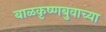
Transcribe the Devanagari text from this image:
बाळकृष्णबुवाच्या